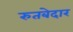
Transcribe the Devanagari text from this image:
रुतबेदार